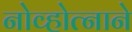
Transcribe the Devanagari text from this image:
नोव्होत्नाने